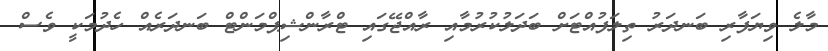
މާލެ ވިޔަފާރި ބަނދަރު ތިލަފުއްޓަށް ބަދަލުކުރުމާއި ރާއްޖޭގައި ޓްރާންޝިޕްމަންޓް ބަނދަރެއް ހެދުމަކީ ވެސް